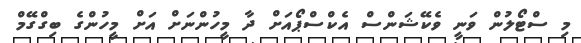
މި ސްޓޯލުން ވަނީ ވެކޭޝަންސް އެކްސްޕޯއަށް ދާ މީހުންނަށް އަށް މީހުންގެ ބިގްގޭމް